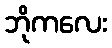
ဘိုကလေး